Veterinary regulations India, 1939 -
Year: 1939
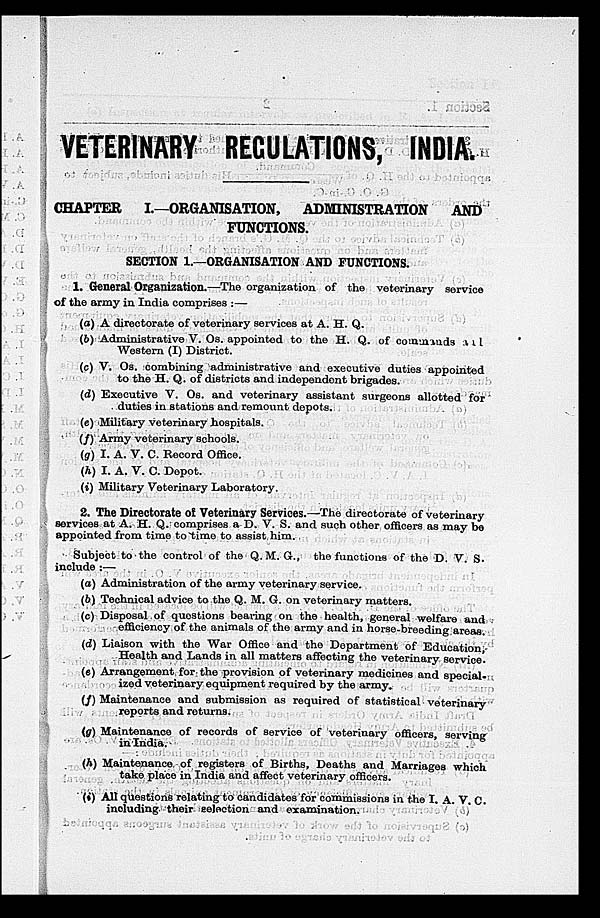
VETERINARY REGULATIONS, INDIA.
CHAPTER
I.—ORGANISATION,
ADMINISTRATION
AND
FUNCTIONS.
SECTION 1.—ORGANISATION AND FUNCTIONS.
1. General Organization.—The organization of the veterinary service
of the army in India comprises :—
(a) A directorate of veterinary services at A. H. Q.
(b) Administrative V. Os. appointed to the H. Q. of commands all
Western (I) District.
(c) V. Os. combining administrative and executive duties appointed
to the H. Q. of districts and independent brigades.
(d) Executive V. Os. and veterinary assistant surgeons allotted for
duties in stations and remount depots.
(e) Military veterinary hospitals.
(f) Army veterinary schools.
(g) I. A. V. C. Record Office.
(h) I. A. V. C. Depot.
(i) Military Veterinary Laboratory.
2. The Directorate of Veterinary Services.—The directorate of veterinary
services at A. H. Q. comprises a D. V. S. and such other officers as may be
appointed from time to time to assist him.
Subject to the control of the Q. M. G., the functions of the D. V. S.
include :—
(a) Administration of the army veterinary service.
(b) Technical advice to the Q. M. G. on veterinary matters.
(c) Disposal of questions bearing on the health, general welfare and
efficiency of the animals of the army and in horse-breeding areas.
(d) Liaison with the War Office and the Department of Education,
Health and Lands in all matters affecting the veterinary service.
(e) Arrangement for the provision of veterinary medicines and special.
ized veterinary equipment required by the army.
(f) Maintenance and submission as required of statistical veterinary
reports and returns.
(g) Maintenance of records of service of veterinary officers, serving
in India.
(h) Maintenance of registers of Births, Deaths and Marriages which
take place in India and affect veterinary officers.
(i) All questions relating to candidates for commissions in the I. A. V. C.
including their selection and examination.